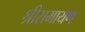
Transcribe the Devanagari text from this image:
श्रीरामायण